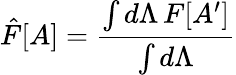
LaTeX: \hat{F}[A]={\frac{\int d\Lambda\, F[A^{\prime}]}{\int d\Lambda}}